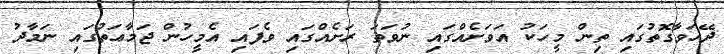
ދޭހަވާގޮތުގައި ތިން މީހަކު އަވަށެއްގައި ނުވަތަ ރަށެއްގައި ވެފައި އެމީހުން ޖަމާޢަތުގައި ނަމާދު